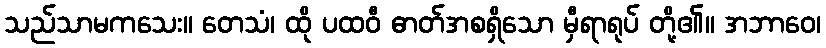
သည်သာမကသေး။ တေသံ၊ ထို ပထဝီ ဓာတ်အစရှိသော မှီရာရုပ် တို့၏။ အဘာဝေ၊